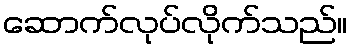
ဆောက်လုပ်လိုက်သည်။